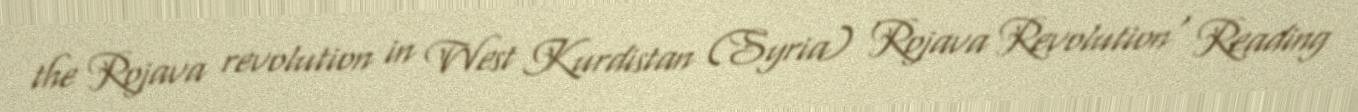
the Rojava revolution in West Kurdistan (Syria) 'Rojava Revolution' Reading